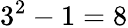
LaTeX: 3^{2}-1=8